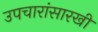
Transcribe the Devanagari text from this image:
उपचारांसारखी